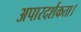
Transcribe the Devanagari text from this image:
अपारदर्शकता।